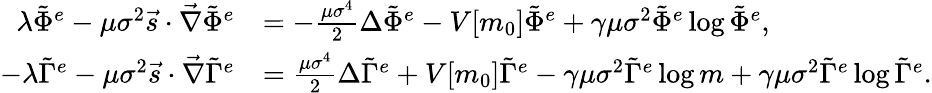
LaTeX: \begin{array}{rl}{\lambda\tilde{\Phi}^{e}-\mu\sigma^{2}\vec{s}\cdot\vec{\nabla}\tilde{\Phi}^{e}}&{=-\frac{\mu\sigma^{4}}{2}\Delta\tilde{\Phi}^{e}-V[m_{0}]\tilde{\Phi}^{e}+\gamma\mu\sigma^{2}\tilde{\Phi}^{e}\log{\tilde{\Phi}^{e}},}\\ {-\lambda\tilde{\Gamma}^{e}-\mu\sigma^{2}\vec{s}\cdot\vec{\nabla}\tilde{\Gamma}^{e}}&{=\frac{\mu\sigma^{4}}{2}\Delta\tilde{\Gamma}^{e}+V[m_{0}]\tilde{\Gamma}^{e}-\gamma\mu\sigma^{2}\tilde{\Gamma}^{e}\log{m}+\gamma\mu\sigma^{2}\tilde{\Gamma}^{e}\log{\tilde{\Gamma}^{e}}.}\end{array}